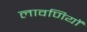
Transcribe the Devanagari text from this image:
लावणियों